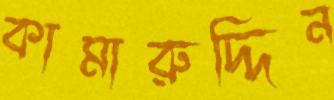
কামারুদ্দিন